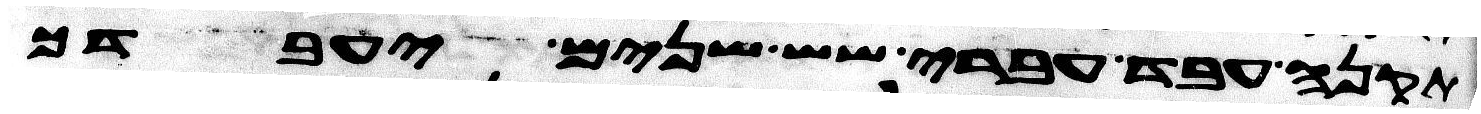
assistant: תקנה עבד עברי שש שנים יעבדך